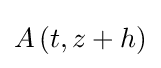
A\left(t,z+h\right)